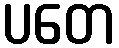
ပတေ